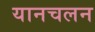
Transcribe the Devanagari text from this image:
यानचलन